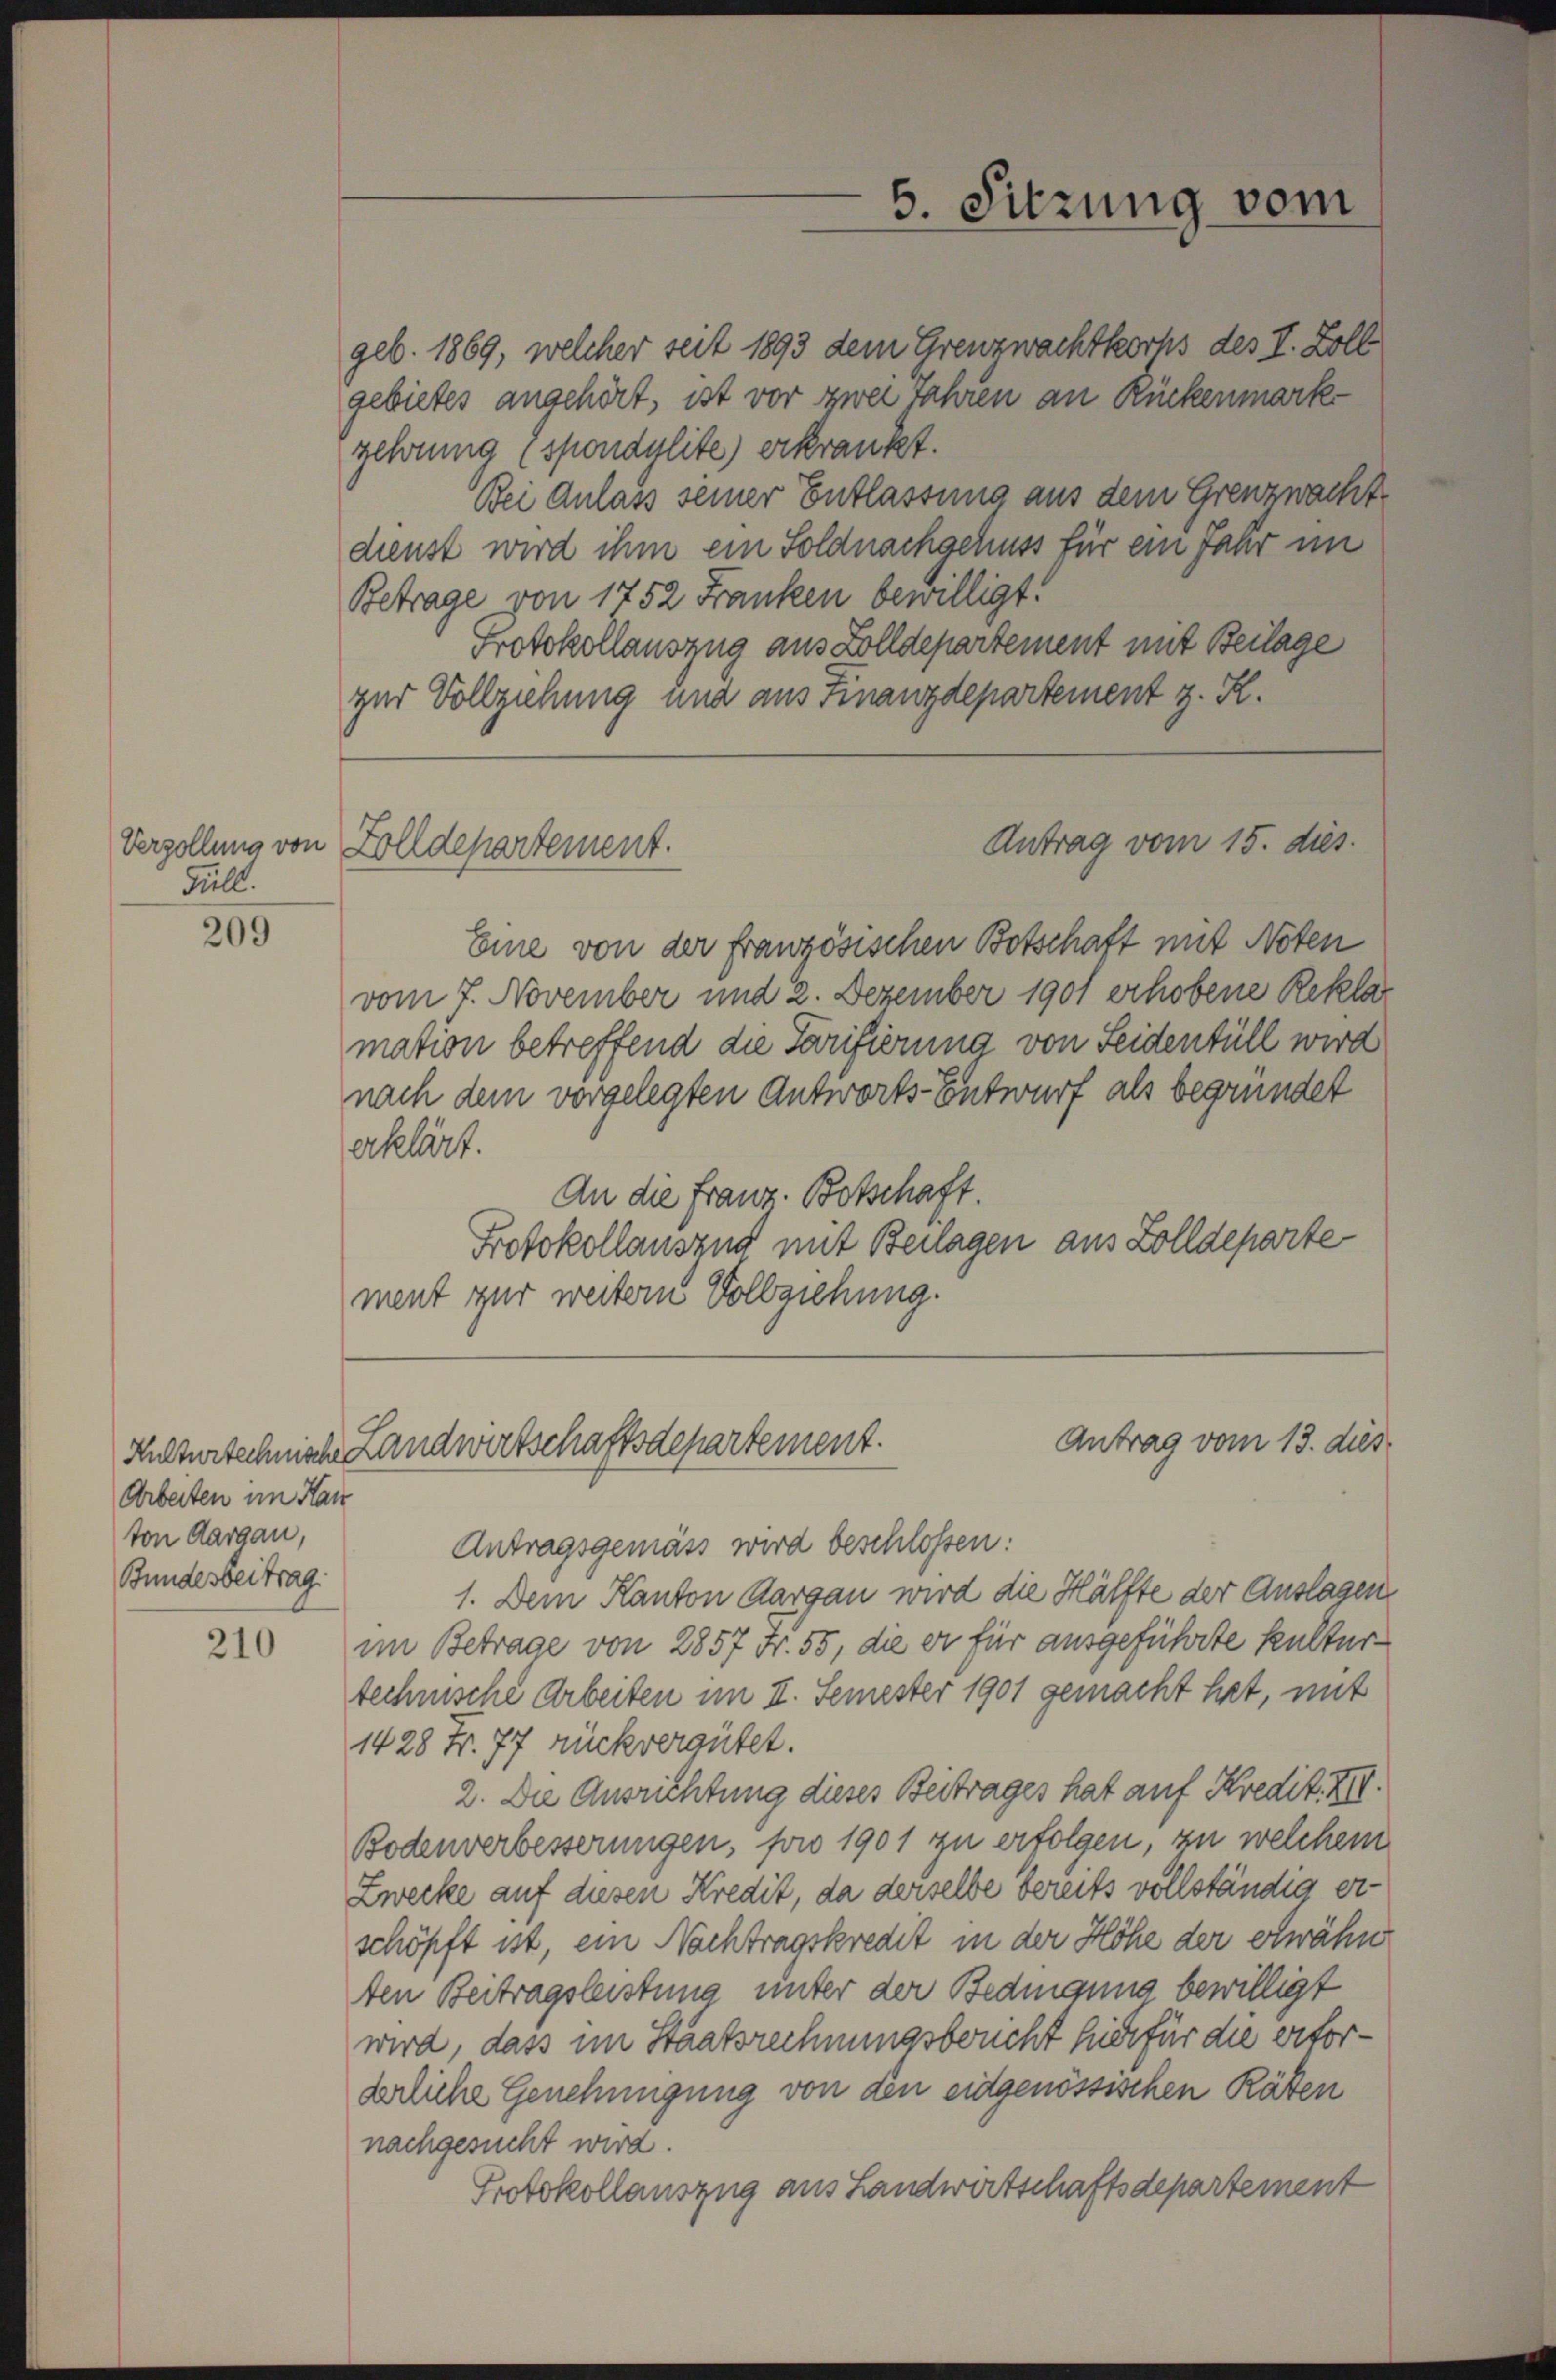
Verzollung von
Füll.

209

Arbeiten im Hau
ton Aargau,
Bundesbeitrag

210

gebietes angehört, ist vor zwei Jahren an Rückenmark
gehung (spondylite) erkrankt.
Bei Anlass seiner Entlassung aus dem Grenzwacht.
dienst wird ihm ein Soldnachgehuss für ein Jahr im
Betrage von 1752 Franken bewilligt.
Protokollauszug aus Zolldepartement mit Beilage
zur Vollziehung und aus Finanzdepartement z. R.

Zolldepartement.

geb. 1869, welcher seit 1893 dem Grenzwachtkochs des I. Zoll

5. Sitzung vom

Antrag vom 15. dies

Eine von der französischen Botschaft mit Noten
vom 7. November und 2. Dezember 1901 erhobene Reklar
mation betreffend die Tarifierung von Seidenfüll wird
nach dem vorgelegten Antworts-Entwurf als begründet
erklärt.
An die Franz. Botschaft.
Protokollausend mit Beilagen aus Zolldeparte
ment zur weitern Vollziehung.

Antrag vom 13. dies
Kulturtechnische Landwirtschaftsdepartement.

Antragsgemäss wird beschlossen:
1. Dem Kanton Aargau wird die Hälfte der Auslagen
im Betrage von 2857 Fr. 55, die er für ausgeführte Kulturtechnische Arbeiten im II. Semester 1901 gemacht hat, mit
1428 Fr. 77 rückvergütet.
2. Die Ausrichtung dieses Beitrages hat auf Kredit. XIV.
Bodenverbesserungen, fow 1901 zu erfolgen, zu welchem
Zwecke auf diesen Kredit, da derselbe bereits vollständig erschöpft ist, ein Nachtragskredit in der Höhe der erwähn
ten Beitragsleistung unter der Bedingung bewilligt
wird, dass im Staatsrechnungsbeucht hier für die erforderliche Genehmigung von den eidgenössischen Räten
nachgesucht wird.
Protokollauszug aus Landwirtschaftsdepartement